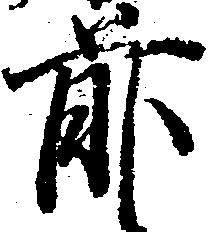
前